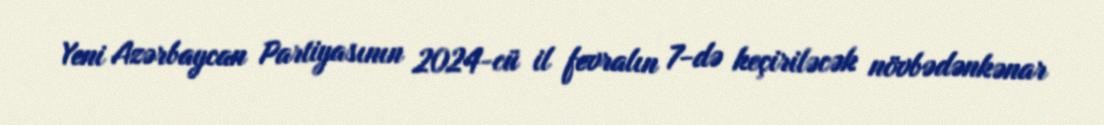
Yeni Azərbaycan Partiyasının 2024-cü il fevralın 7-də keçiriləcək növbədənkənar